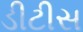
ડીટીસ